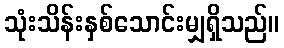
သုံးသိန်းနှစ်သောင်းမျှရှိသည်။